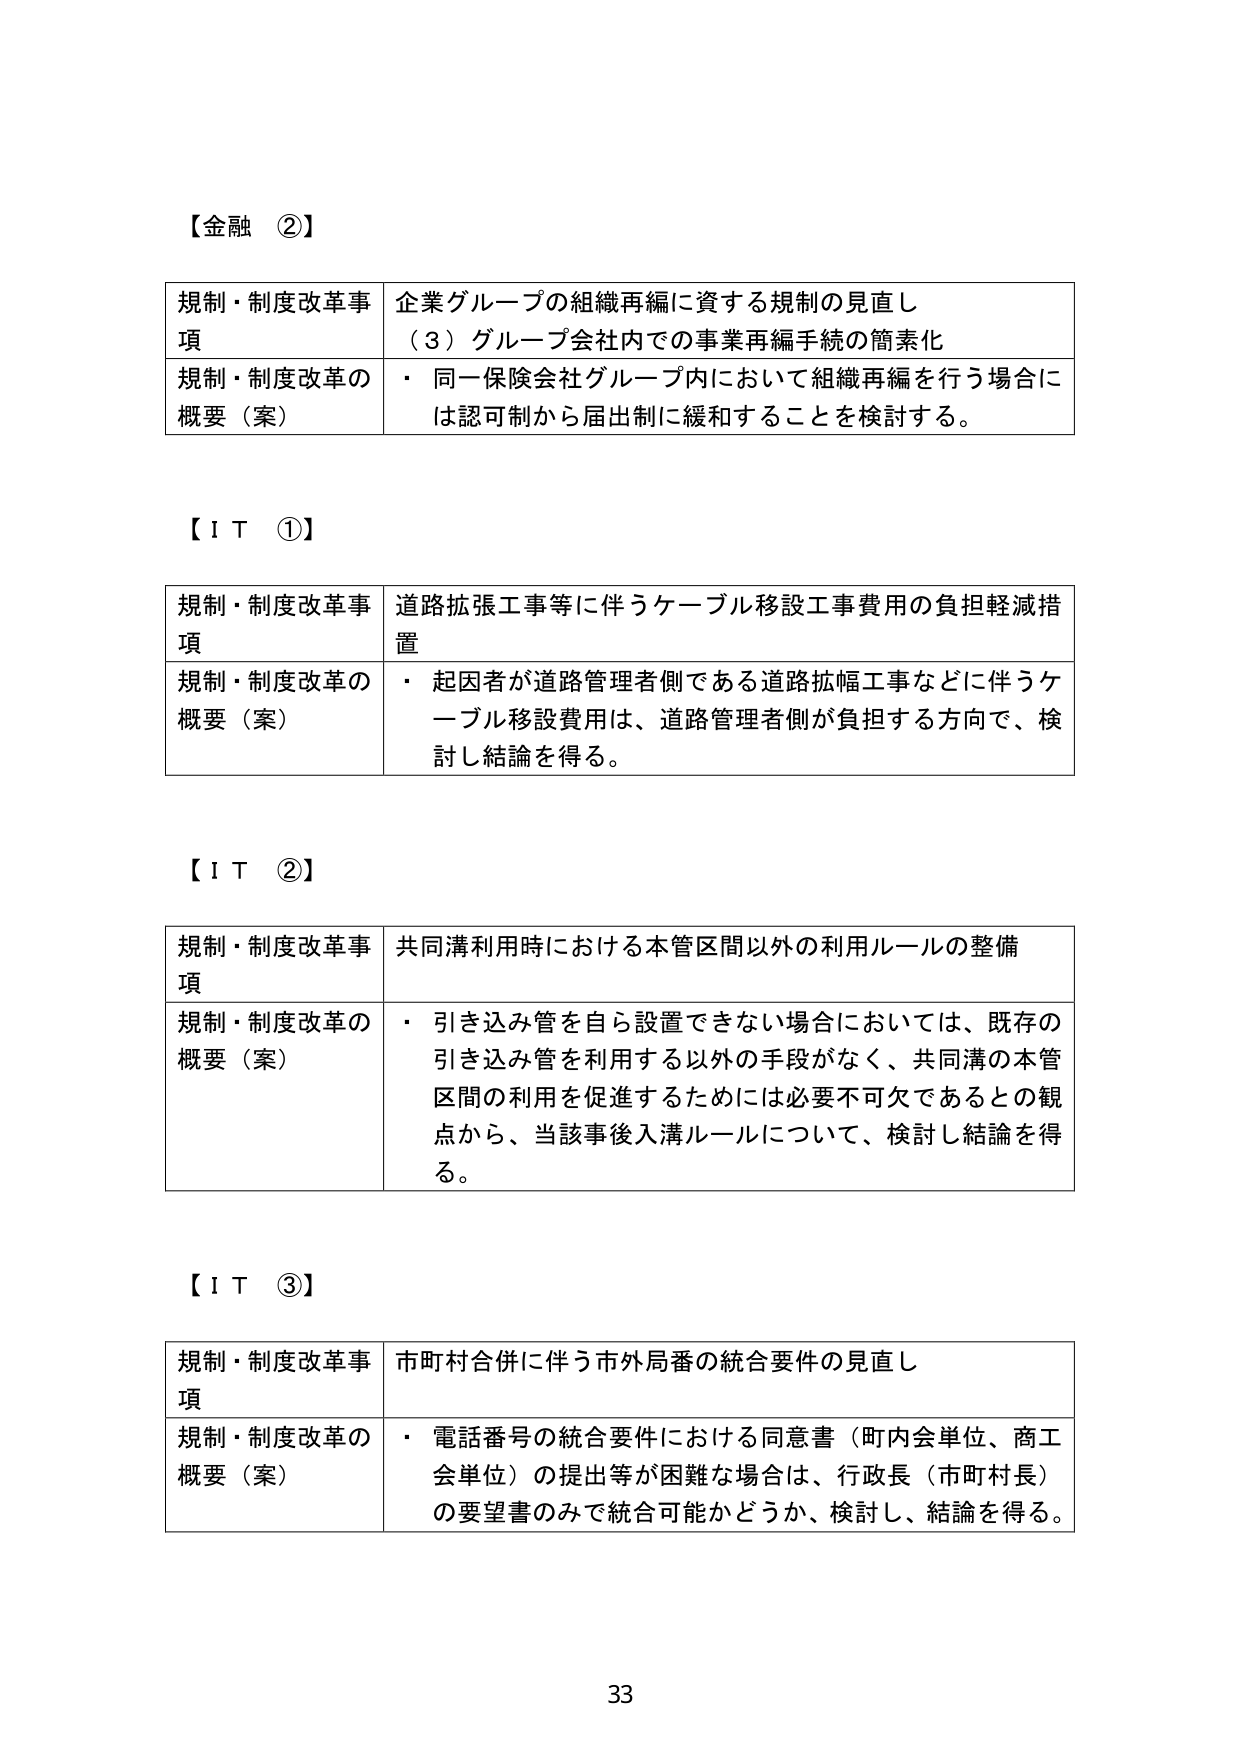
【金融 ②】

規制・制度改革事項　企業グループの組織再編に資する規制の見直し
　　　　　　　　　（３）グループ会社内での事業再編手続の簡素化
規制・制度改革の概要（案）　・ 同一保険会社グループ内において組織再編を行う場合には認可制から届出制に緩和することを検討する。

【ＩＴ ①】

規制・制度改革事項　道路拡張工事等に伴うケーブル移設工事費用の負担軽減措置
規制・制度改革の概要（案）　・ 起因者が道路管理者側である道路拡幅工事などに伴うケーブル移設費用は、道路管理者側が負担する方向で、検討し結論を得る。

【ＩＴ ②】

規制・制度改革事項　共同溝利用時における本管区間以外の利用ルールの整備
規制・制度改革の概要（案）　・ 引き込み管を自ら設置できない場合においては、既存の引き込み管を利用する以外の手段がなく、共同溝の本管区間の利用を促進するためには必要不可欠であるとの観点から、当該事後入溝ルールについて、検討し結論を得る。

【ＩＴ ③】

規制・制度改革事項　市町村合併に伴う市外局番の統合要件の見直し
規制・制度改革の概要（案）　・ 電話番号の統合要件における同意書（町内会単位、商工会単位）の提出等が困難な場合は、行政長（市町村長）の要望書のみで統合可能かどうか、検討し、結論を得る。

33